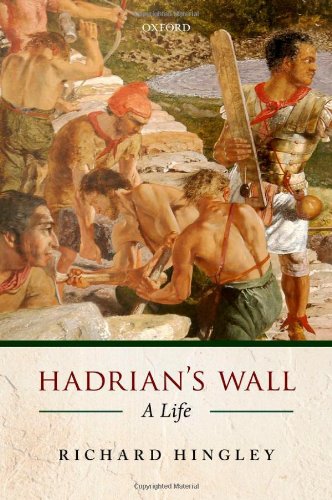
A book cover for Hadrian's Wall: A Life; Richard Hingley; Literature & Fiction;